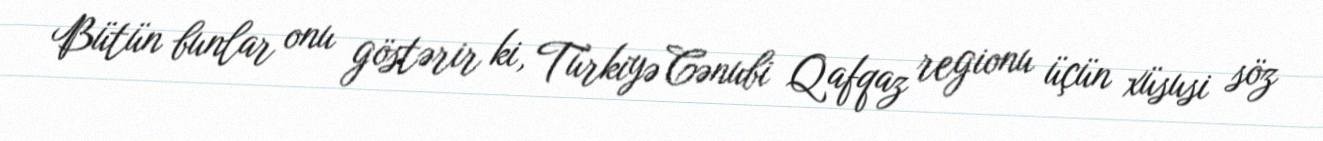
Bütün bunlar onu göstərir ki, Türkiyə Cənubi Qafqaz regionu üçün xüsusi söz